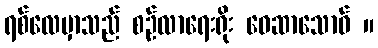
ရစ်လေမှာသည် စဉ်လာရေးရိုး ဝေဆာသောဝ် ။